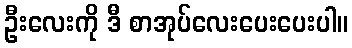
ဦးလေးကို ဒီ စာအုပ်လေးပေးပေးပါ။